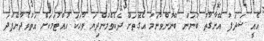
އެއީ ޝަދަފު އޭނާގާތު ބުނަން ބޭނުންވާނަމަ އެގޮތަށް ދެކެވެމުންދިޔަ ވާހަކަ ހުއްޓުމަކަށް އަތުވެދާނޭފަދަ